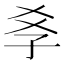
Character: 𡥈